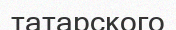
татарского